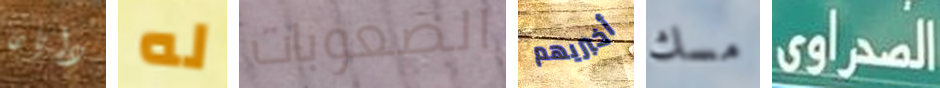
دايان له الصعوبات أخبريهم مسك الصحراوى